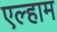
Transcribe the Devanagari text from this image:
एल्हाम